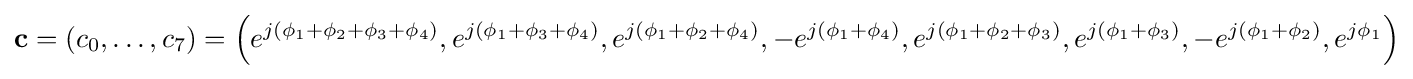
\mathbf {c} =(c_{0},\ldots ,c_{7})=\left(e^{j(\phi _{1}+\phi _{2}+\phi _{3}+\phi _{4})},e^{j(\phi _{1}+\phi _{3}+\phi _{4})},e^{j(\phi _{1}+\phi _{2}+\phi _{4})},-e^{j(\phi _{1}+\phi _{4})},e^{j(\phi _{1}+\phi _{2}+\phi _{3})},e^{j(\phi _{1}+\phi _{3})},-e^{j(\phi _{1}+\phi _{2})},e^{j\phi _{1}}\right)